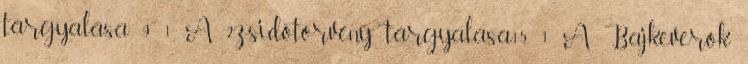
tárgyalása 9 1 A 2.zsidótörvény tárgyalása15 1 A Bajkeverők